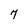
Character: 7